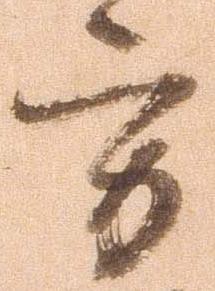
方